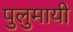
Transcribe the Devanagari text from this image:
पुलुमायी